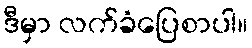
ဒီမှာ လက်ခံပြေစာပါ။